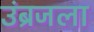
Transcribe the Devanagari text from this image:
उंब्रजला